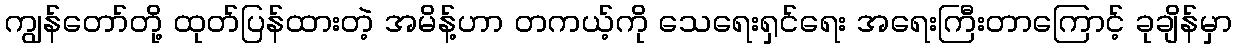
ကျွန်တော်တို့ ထုတ်ပြန်ထားတဲ့ အမိန့်ဟာ တကယ့်ကို သေရေးရှင်ရေး အရေးကြီးတာကြောင့် ခုချိန်မှာ